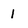
Character: 1